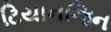
ટિયાનજિન